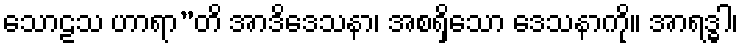
သောဠသ ဟာရာ”တိ အာဒိဒေသနာ၊ အစရှိသော ဒေသနာကို။ အာရဒ္ဓါ၊